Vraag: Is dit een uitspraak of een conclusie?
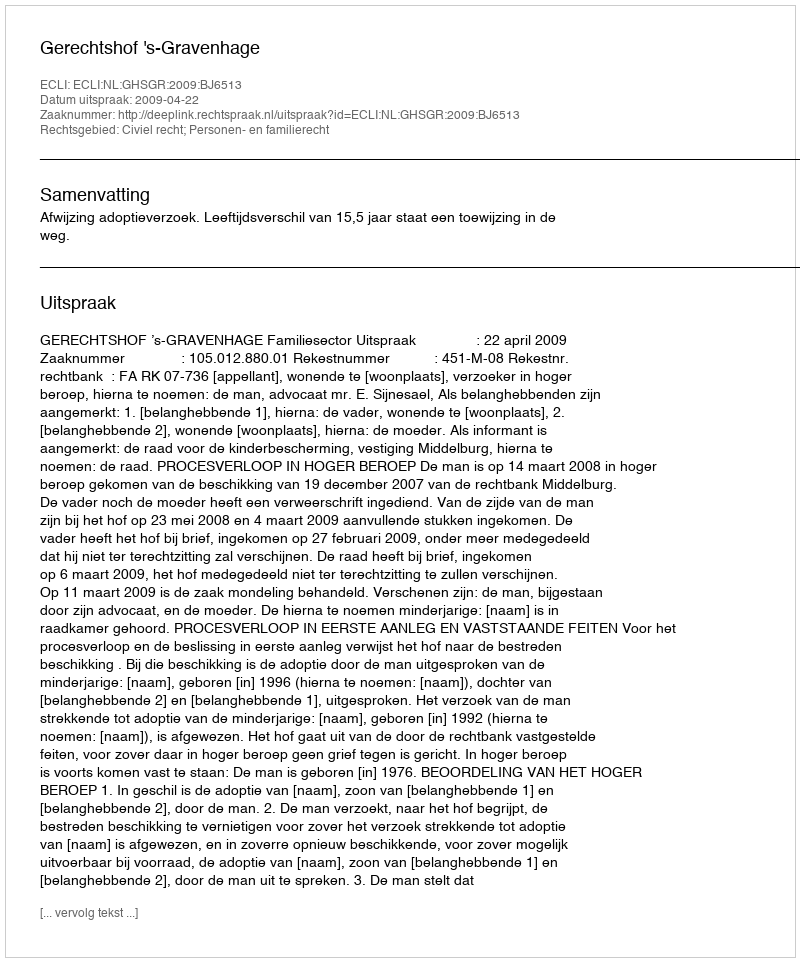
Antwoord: Uitspraak